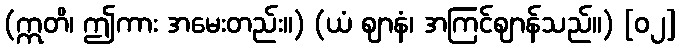
(ဣတိ၊ ဤကား အမေးတည်း။) (ယံ ဈာနံ၊ အကြင်ဈာန်သည်။) [၀၂]